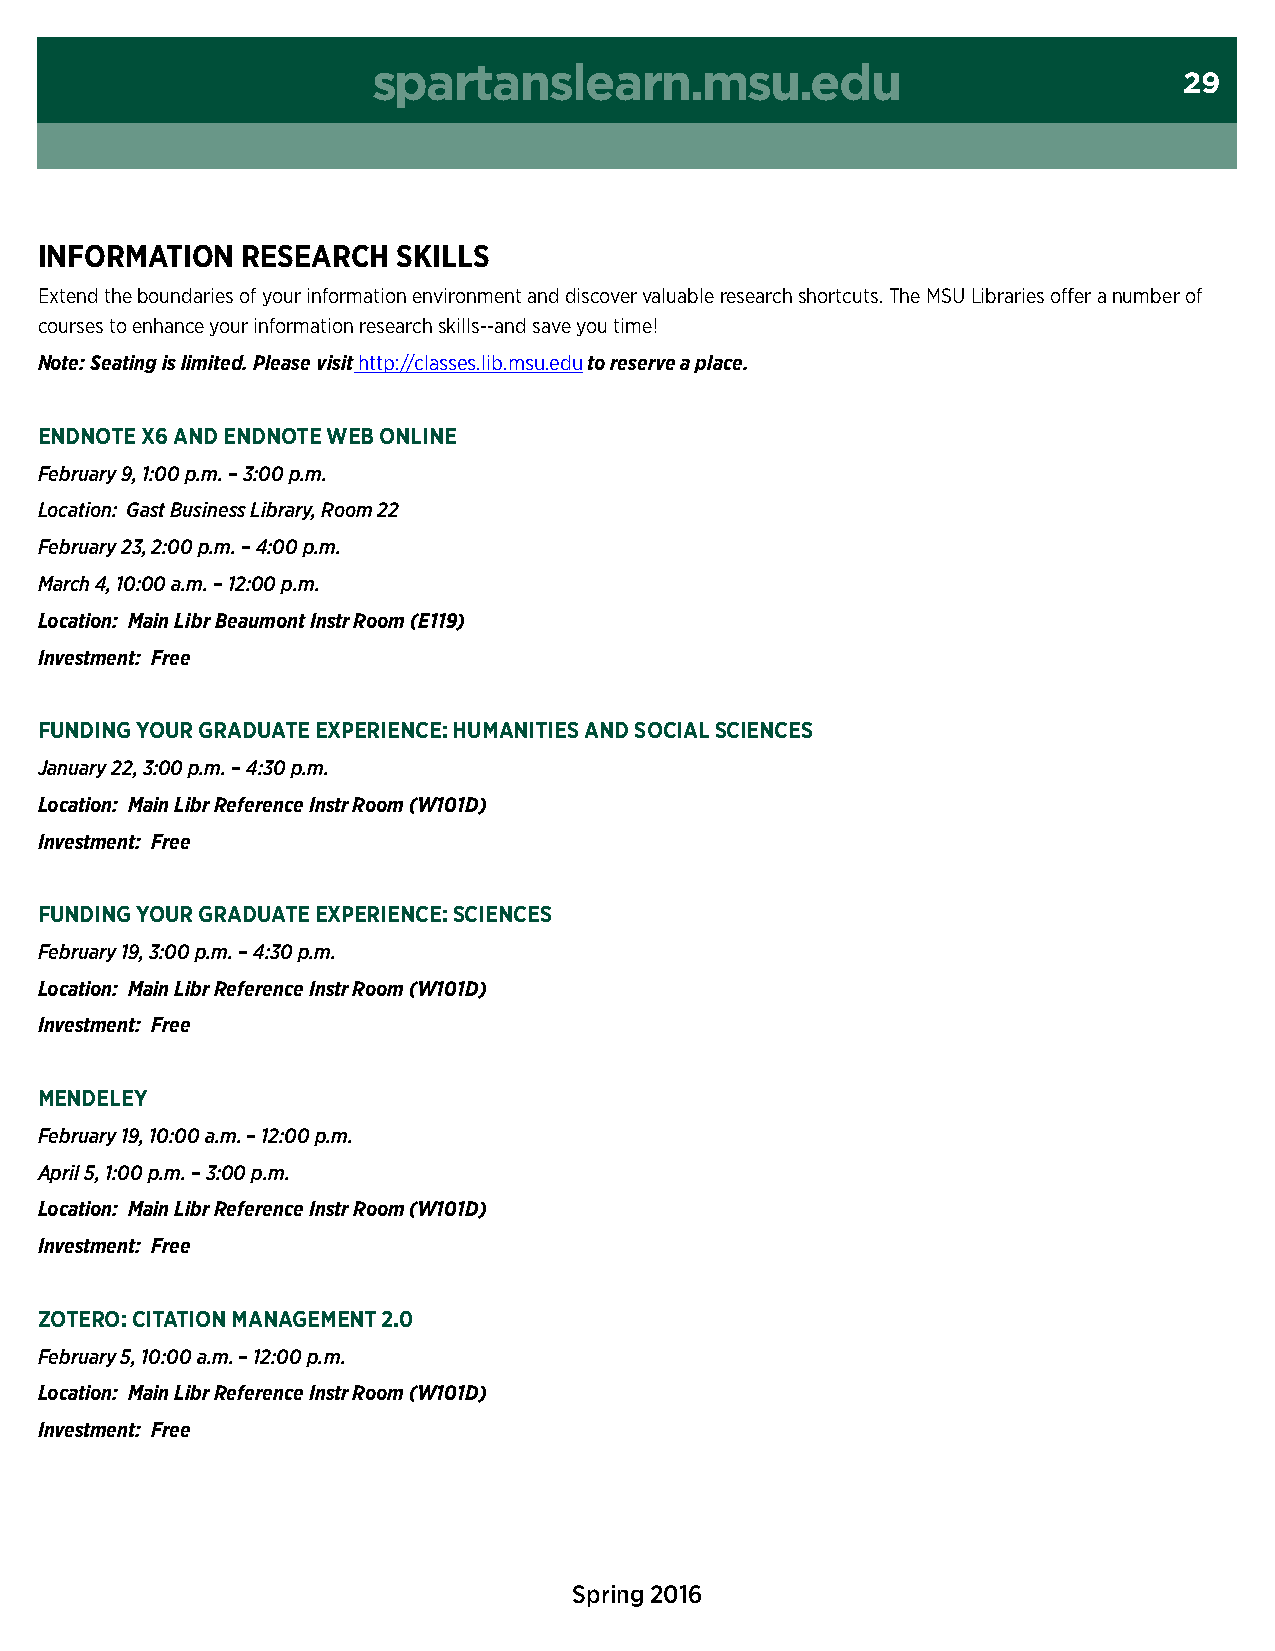
spartanslearn.msu.edu
 29
 inFOrMatiOn   researcH  sKills
 Extend the boundaries of your information environment and discover valuable research shortcuts. The MSU Libraries offer a number of
 courses to enhance your information research skills--and save you time!
 Note: Seating is limited. Please visit http://classes.lib.msu.edu to reserve a place.
 endnOte X6 and endnOte weB Online
 February 9, 1:00 p.m. – 3:00 p.m.
 Location: Gast Business Library, Room 22
 February 23, 2:00 p.m. – 4:00 p.m.
 March 4, 10:00 a.m. – 12:00 p.m.
 Location: Main Libr Beaumont Instr Room (E119)
 Investment: Free
 FUnding YOUr gradUate eXPerience: HUManities and sOcial sciences
 January 22, 3:00 p.m. – 4:30 p.m.
 Location: Main Libr Reference Instr Room (W101D)
 Investment: Free
 FUnding YOUr gradUate eXPerience: sciences
 February 19, 3:00 p.m. – 4:30 p.m.
 Location: Main Libr Reference Instr Room (W101D)
 Investment: Free
 MendeleY
 February 19, 10:00 a.m. – 12:00 p.m.
 April 5, 1:00 p.m. – 3:00 p.m.
 Location: Main Libr Reference Instr Room (W101D)
 Investment: Free
 ZOterO: citatiOn ManageMent 2.0
 February 5, 10:00 a.m. – 12:00 p.m.
 Location: Main Libr Reference Instr Room (W101D)
 Investment: Free
 Spring 2016